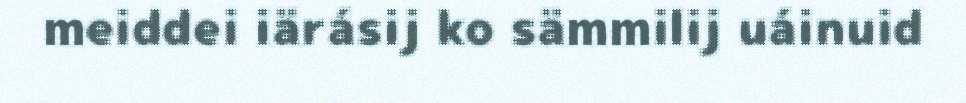
meiddei iärásij ko sämmilij uáinuid